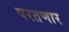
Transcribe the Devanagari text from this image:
परतणार